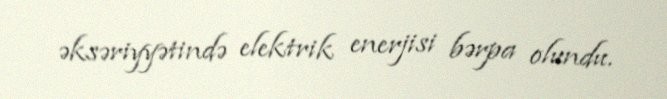
əksəriyyətində elektrik enerjisi bərpa olundu.